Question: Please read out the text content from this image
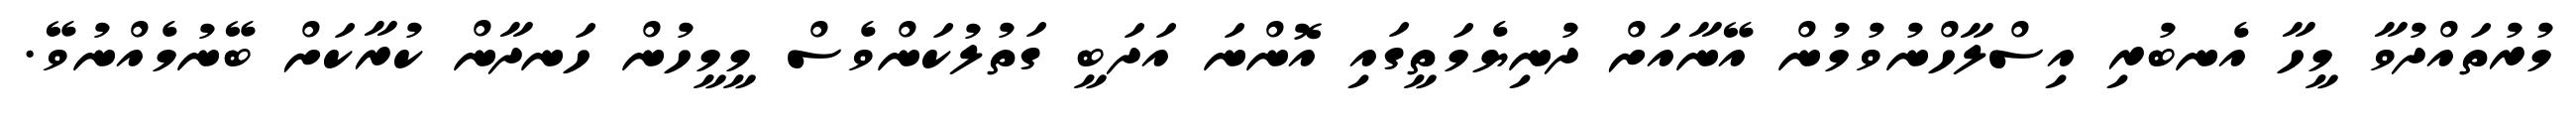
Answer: މުރުތައްދުވާ މީހާ އެނބުރި އިސްލާހްނުވުމުން އޭނާއަށް ދުނިޔެމަތީގައި އޮންނަ އަދަބީ ގަތުލުކަންވެސް މީމީހުން ހަނދާން ކުރާކަށް ބޭނުމެއްނުވޭ.